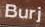
burj